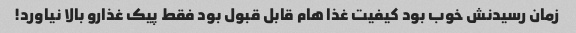
زمان رسیدنش خوب بود کیفیت غذا هام قابل قبول بود فقط پیک غذارو بالا نیاورد!